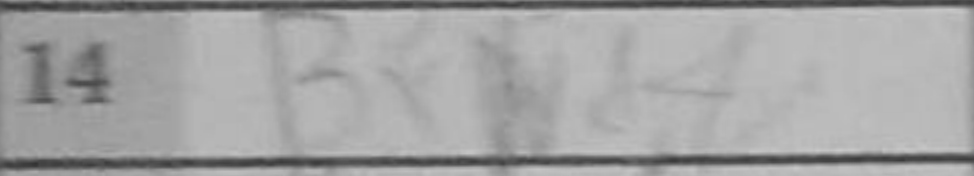
Transcription: Bxd4